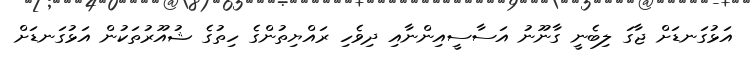
އަޅުގަނޑަށް ޖާގަ ލިބެނީ ގާނޫނު އަސާސީއިންނާއި ދިވެހި ރައްޔިތުންގެ ހިތުގެ ޝުއޫރުތަކުން އަޅުގަނޑަށް